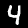
Digit: 4